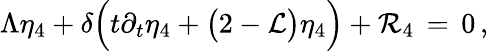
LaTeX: \Lambda\eta_{4}+\delta\Bigl(t\partial_{t}\eta_{4}+\bigl(2-\mathcal{L}\bigr)\eta_{4}\Bigr)+\mathcal{R}_{4}\, =\, 0\, ,